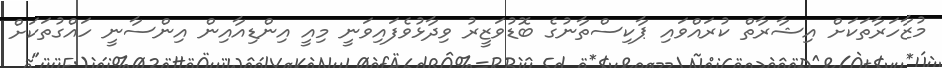
މުޒާހަރާތަކަށް އިޝާރާތް ކުރައްވައި ޕާކިސްތާނުގެ ބޮޑުވަޒީރު ވިދާޅުވެފައިވަނީ މިއީ އިންޑިއާއިން އިންސާނީ ހައްގުތަކަށް